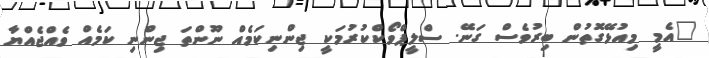
"އެމީ މިއުޅޭގޮތުން ބިރުވެސް ގަނޭ. ސްލީޕްވޯކްކުރުމަކީ ޖިންނިކަމެއް ނޫންތަ ޖިންނި ކަމެއް ވެއްޖެއްޔާ